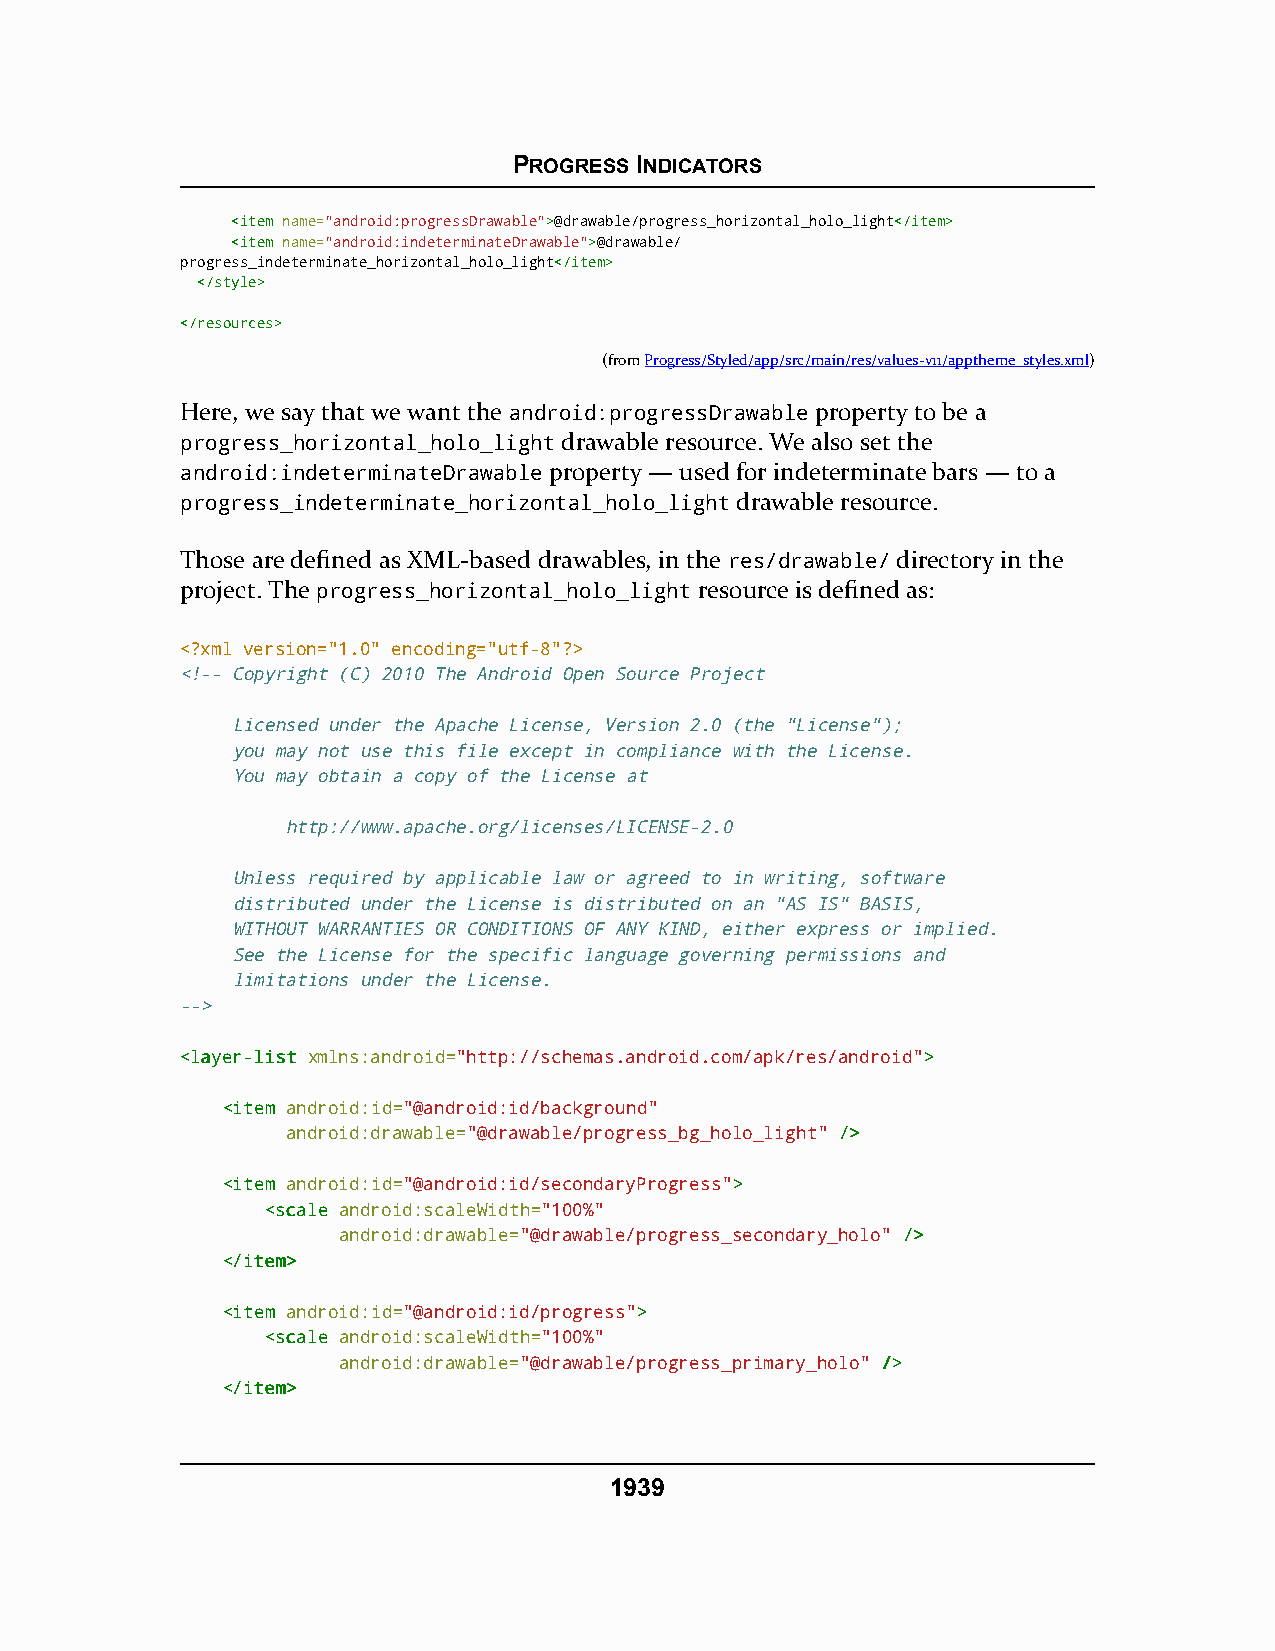
PROGRESS INDICATORS
 <<iitteemm name="android:progressDrawable">>@drawable/progress_horizontal_holo_light<<//iitteemm>>
 <<iitteemm name="android:indeterminateDrawable">>@drawable/
 progress_indeterminate_horizontal_holo_light<<//iitteemm>>
 <<//ssttyyllee>>
 <<//rreessoouurrcceess>>
 (fromProgress/Styled/app/src/main/res/values-v11/apptheme_styles.xml)
 Here, we say that we want the android:progressDrawable property to be a
 progress_horizontal_holo_light drawable resource. We also set the
 android:indeterminateDrawable property — used for indeterminate bars — to a
 progress_indeterminate_horizontal_holo_light drawable resource.
 Those are defined as XML-based drawables, in the res/drawable/ directory in the
 project. The progress_horizontal_holo_light resource is defined as:
 <?xml version="1.0" encoding="utf-8"?>
 <!-- Copyright (C) 2010 The Android Open Source Project
 Licensed under the Apache License, Version 2.0 (the "License");
 you may not use this file except in compliance with the License.
 You may obtain a copy of the License at
 http://www.apache.org/licenses/LICENSE-2.0
 Unless required by applicable law or agreed to in writing, software
 distributed under the License is distributed on an "AS IS" BASIS,
 WITHOUT WARRANTIES OR CONDITIONS OF ANY KIND, either express or implied.
 See the License for the specific language governing permissions and
 limitations under the License.
 -->
 <<llaayyeerr--lliisstt xmlns:android="http://schemas.android.com/apk/res/android">>
 <<iitteemm android:id="@android:id/background"
 android:drawable="@drawable/progress_bg_holo_light" //>>
 <<iitteemm android:id="@android:id/secondaryProgress">>
 <<ssccaallee android:scaleWidth="100%"
 android:drawable="@drawable/progress_secondary_holo" //>>
 <<//iitteemm>>
 <<iitteemm android:id="@android:id/progress">>
 <<ssccaallee android:scaleWidth="100%"
 android:drawable="@drawable/progress_primary_holo" //>>
 <<//iitteemm>>
 1939